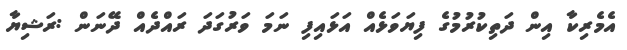
އެމެރިކާ އިން ދަތިކުރުމުގެ ފިޔަވަޅެއް އަޅައިފި ނަމަ ވަރުގަދަ ރައްދެއް ދޭނަން :ރަޝިޔާ